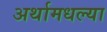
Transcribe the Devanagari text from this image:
अर्थामधल्या